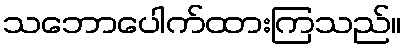
သဘောပေါက်ထားကြသည်။